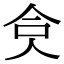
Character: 𠈏